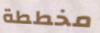
مخططة